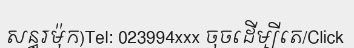
សន្ធរម៉ុក)Tel: 023994xxx ចុចដើម្បីតេ/Click